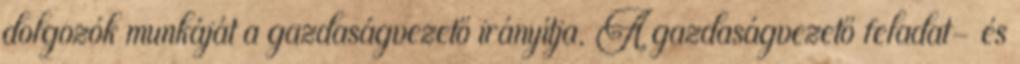
dolgozók munkáját a gazdaságvezető irányítja. A gazdaságvezető feladat- és